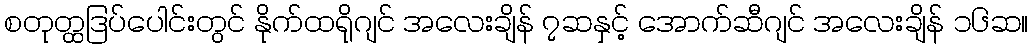
စတုတ္ထဒြပ်ပေါင်းတွင် နိုက်ထရိုဂျင် အလေးချိန် ၇ဆနှင့် အောက်ဆီဂျင် အလေးချိန် ၁၆ဆ။